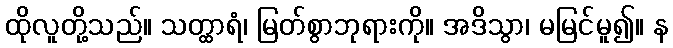
ထိုလူတို့သည်။ သတ္ထာရံ၊ မြတ်စွာဘုရားကို။ အဒိသွာ၊ မမြင်မူ၍။ န